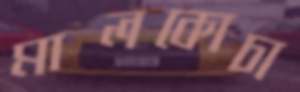
মালকোচা